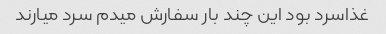
غذاسرد بود این چند بار سفارش میدم سرد میارند